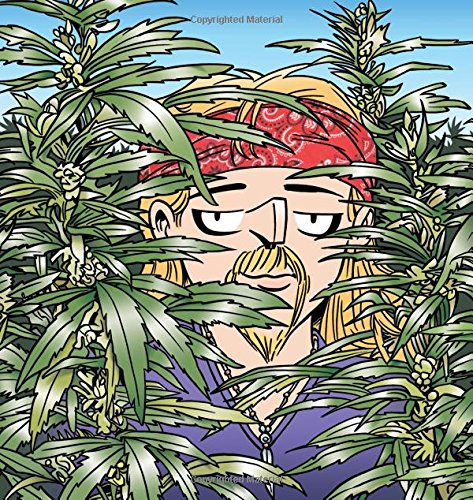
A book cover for The Weed Whisperer: A Doonesbury Book; G. B. Trudeau; Humor & Entertainment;